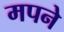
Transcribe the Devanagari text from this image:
मपने